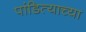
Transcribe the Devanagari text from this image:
पांडित्याच्या